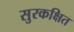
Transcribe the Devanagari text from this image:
सुरकक्षित